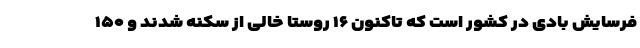
فرسایش بادی در کشور است که تاکنون ۱۶ روستا خالی از سکنه شدند و ۱۵۰